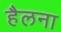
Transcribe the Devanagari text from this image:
हैलना